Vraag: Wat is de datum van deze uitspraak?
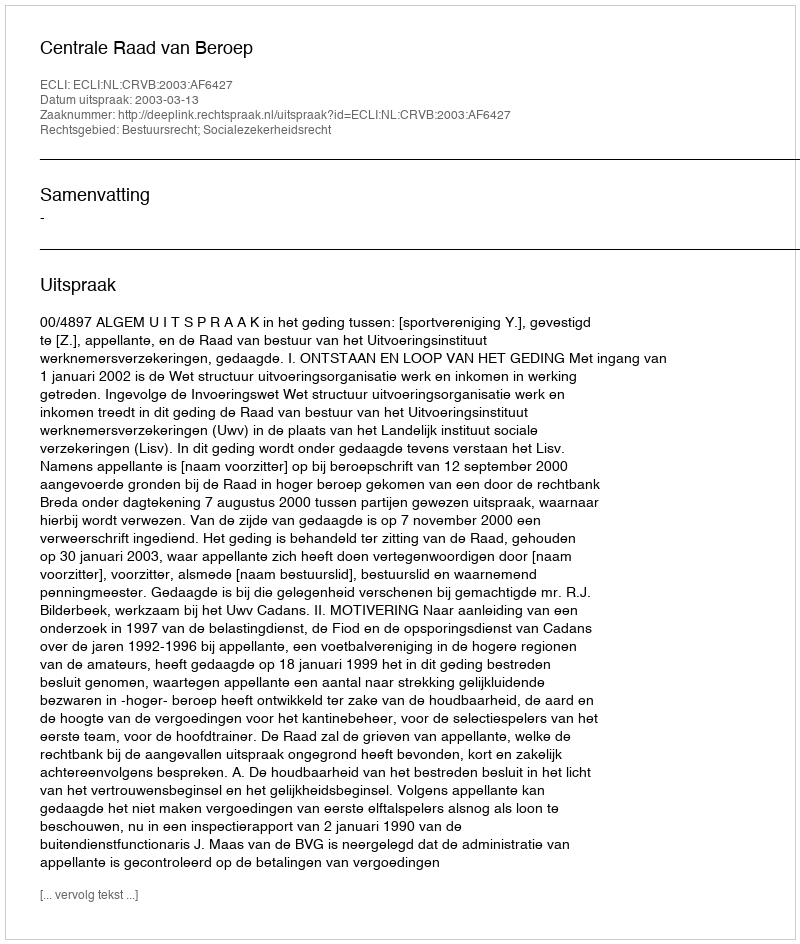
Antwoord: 2003-03-13